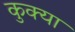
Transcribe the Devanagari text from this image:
कुक्या